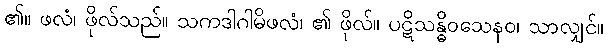
၏။ ဖလံ၊ ဖိုလ်သည်။ သကဒါဂါမိဖလံ၊ ၏ ဖိုလ်။ ပဋိသန္ဓိဝသေနဝ၊ သာလျှင်။